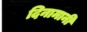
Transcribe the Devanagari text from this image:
दिनामानी